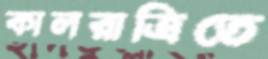
কালরাত্রিতে